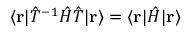
\langle \mathbf { r } | { \hat { T } } ^ { - 1 } { \hat { H } } { \hat { T } } | \mathbf { r } \rangle = \langle \mathbf { r } | { \hat { H } } | \mathbf { r } \rangle